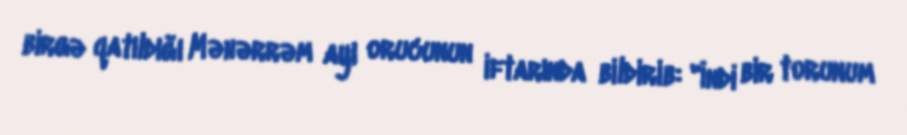
birgə qatıldığı Məhərrəm ayı orucunun iftarında bildirib: "İndi bir torunum